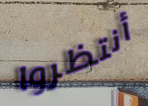
أنتظروا